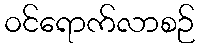
ဝင်ရောက်လာစဉ်